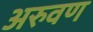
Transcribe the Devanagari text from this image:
अरुवण